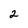
Character: 2